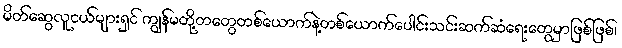
မိတ်ဆွေလူငယ်များရှင် ကျွန်မတို့တတွေတစ်ယောက်နဲ့တစ်ယောက်ပေါင်းသင်းဆက်ဆံရေးတွေမှာဖြစ်ဖြစ်၊